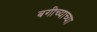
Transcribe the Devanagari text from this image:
बगीच्याच्या